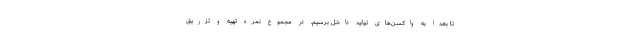
تا بعداً به واکسن‌های تولید داخل برسیم. در مجموع نمره تهیه و تزریق